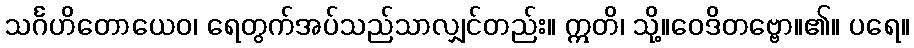
သင်္ဂဟိတောယေဝ၊ ရေတွက်အပ်သည်သာလျှင်တည်း။ ဣတိ၊ သို့။ဝေဒိတဗ္ဗော။၏။ ပရေ။